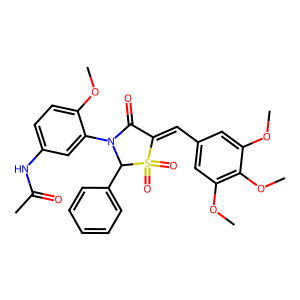
SMILES: COc1ccc(NC(C)=O)cc1N1C(=O)C(=Cc2cc(OC)c(OC)c(OC)c2)S(=O)(=O)C1c1ccccc1
Inhibits HIV replication: No